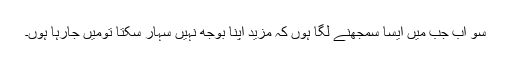
سو اب جب میں ایسا سمجھنے لگا ہوں کہ مزید اپنا بوجھ نہیں سہار سکتا تومیں جارہا ہوں۔